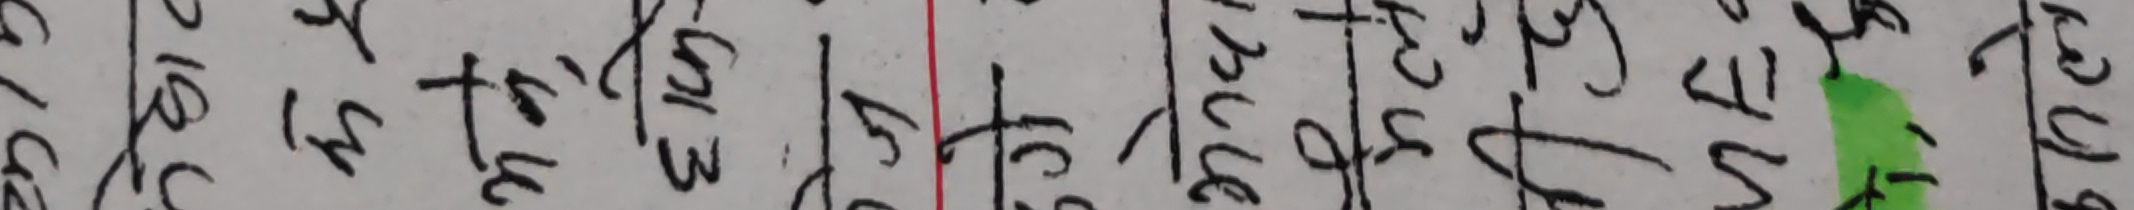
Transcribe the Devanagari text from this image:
१८ रु ३ तुरु १३ ४ ५ १८ बुध ३ रु ९४ ५५